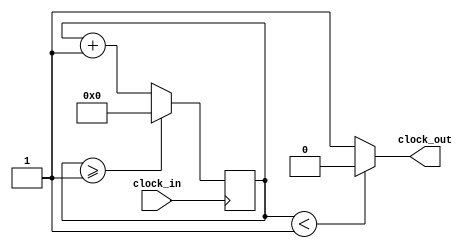
// Divisor de frecuencia
module Clock_Divider(
    input clock_in,
    output clock_out
    );

	reg[27:0] contador = 28'd0;    //declaro el contador de 28 bits
	//parameter PERIODO
	parameter DIVISOR = 28'd2;      //parametro que indica por cuanto se divide la frecuencia del clock

	always @(posedge clock_in)
	begin
		      //actualizo el valor del contador en cada flanco positivo de clock_in
		if(contador >= (DIVISOR-1))          //cuando haya pasado una cantidad de ciclos igual a DIVISOR se resetea el contador
			contador <= 28'd0;
		else 
			contador <= contador + 28'd1; 
	end
	
	assign clock_out = (contador < DIVISOR/2) ? 1'b0 : 1'b1;

endmodule